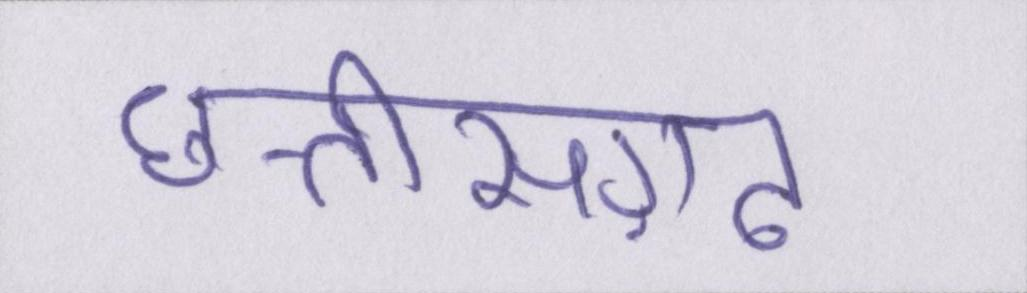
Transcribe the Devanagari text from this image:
छत्तीसग़ढ